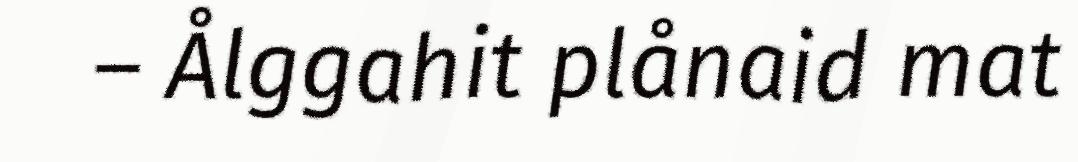
– Ålggahit plånaid mat